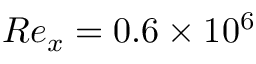
R e _ { x } = 0 . 6 \times 1 0 ^ { 6 }